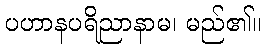
ပဟာနပရိညာနာမ၊ မည်၏။